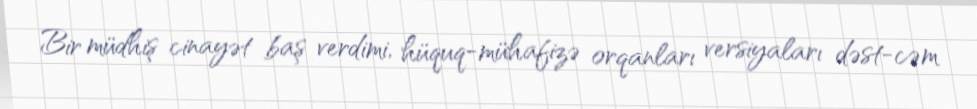
Bir müdhiş cinayət baş verdimi, hüquq-mühafizə orqanları versiyaları dəst-cəm